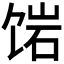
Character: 𬲿